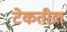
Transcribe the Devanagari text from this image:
टेकतील